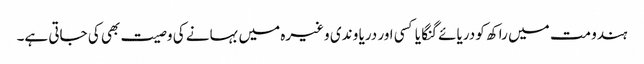
ہندو مت میں راکھ کو دریائے گنگا یا کسی اور دریا و ندی وغیرہ میں بہانے کی وصیت بھی کی جاتی ہے۔